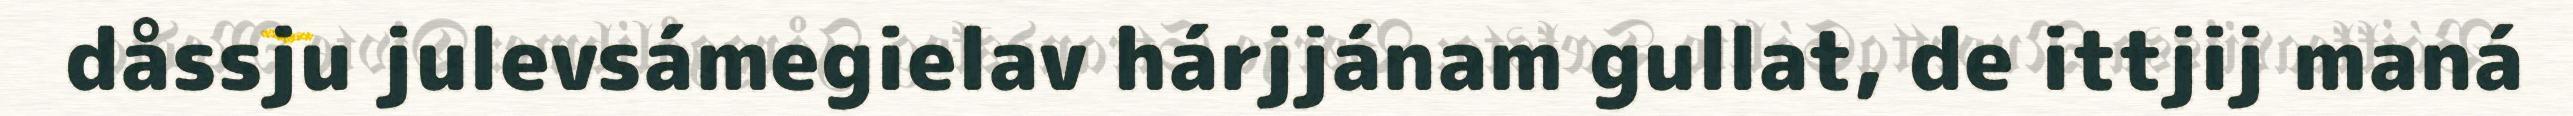
dåssju julevsámegielav hárjjánam gullat, de ittjij maná